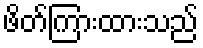
ဖိတ်ကြားထားသည်